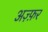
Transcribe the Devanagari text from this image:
अज़्फ़र